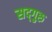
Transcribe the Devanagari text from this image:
सद्‍गुरु